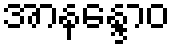
အာနန္ဒောဝ